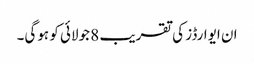
ان ایوارڈز کی تقریب 8 جولائی کو ہوگی۔